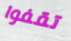
تقفوا